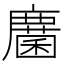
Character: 𢋵